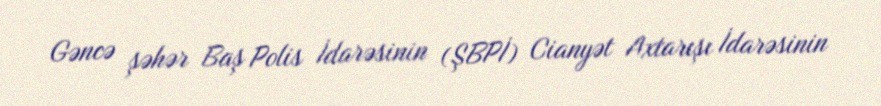
Gəncə şəhər Baş Polis İdarəsinin (ŞBPİ) Cianyət Axtarışı İdarəsinin